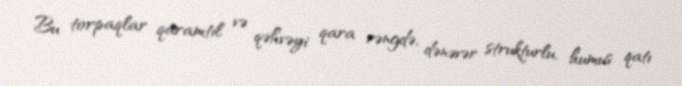
Bu torpaqlar qaramtıl və qəhvəyi qara rəngdə, dənəvər strukturlu, humus qatı